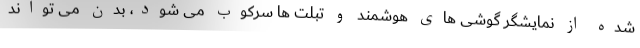
شده از نمایشگر گوشی های هوشمند و تبلت ها سرکوب می شود، بدن می تواند